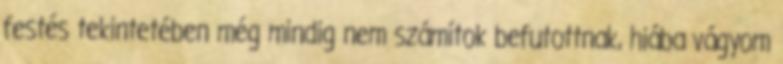
festés tekintetében még mindig nem számítok befutottnak, hiába vágyom